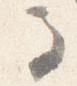
馬